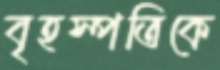
বৃহস্পতিকে